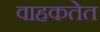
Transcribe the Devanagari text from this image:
वाहकतेत